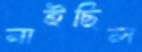
নাইছিল